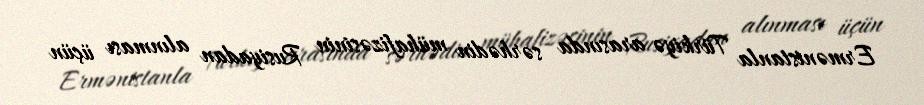
Ermənistanla Türkiyə arasında sərhədin mühafizəsinin Rusiyadan alınması üçün